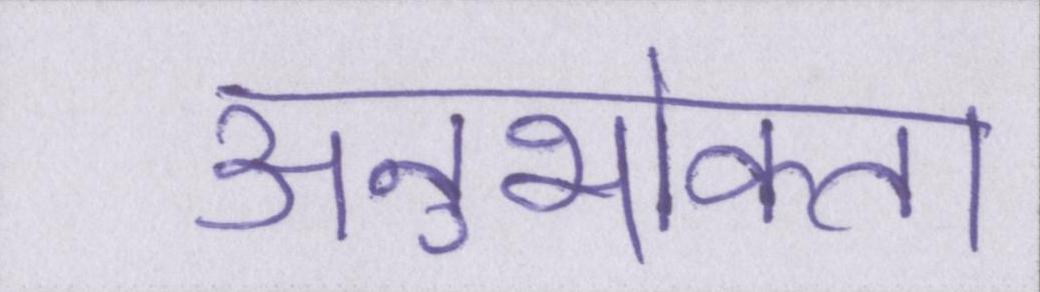
अनुभोक्ता